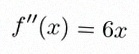
f''(x)=6x